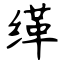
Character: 缂